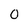
Character: o